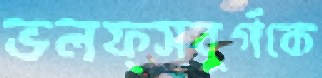
ভলফ্সবুর্গকে